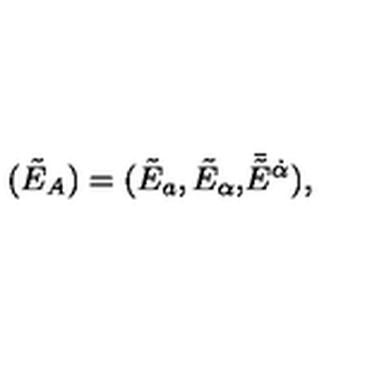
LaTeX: ( \tilde { E } _ { A } ) = ( \tilde { E } _ { a } , \tilde { E } _ { \alpha } , \bar { \! \tilde { E } } { } ^ { \dot { \alpha } } ) ,